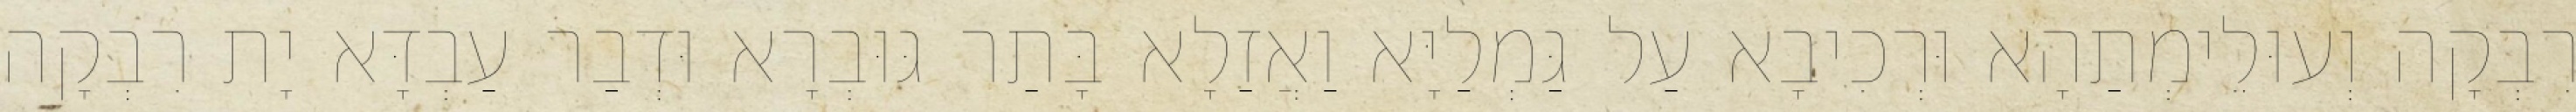
רִבְקָה וְעוּלֵימְתַהָא וּרְכִיבָא עַל גַּמְלַיָּא וַאֲזַלָא בָּתַר גּוּבְרָא וּדְבַר עַבְדָּא יָת רִבְקָה